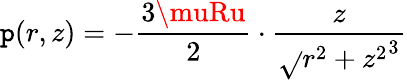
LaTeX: \mathtt{p}(r,z)=-{\frac{{3\muRu}}{{2}}}\cdot{\frac{{z}}{{{\sqrt{}{{r^{2}+z^{2}}}}^{3}}}}